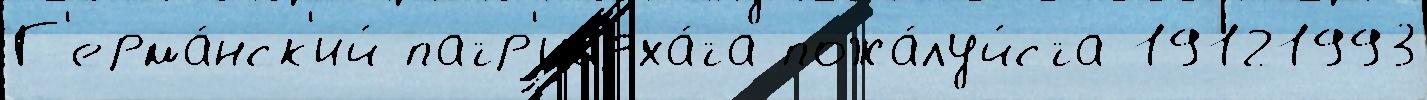
Г'ерма́нск'ий патр'иарха́та пожа́луйста 19121993